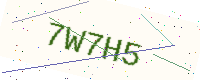
Text: 7W7H5